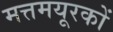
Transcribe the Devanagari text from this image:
मत्तमयूरकों